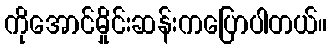
ကိုအောင်မှိုင်းဆန်းကပြောပါတယ်။